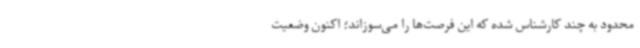
محدود به چند کارشناس شده که این فرصت‌ها را می‌سوزاند؛ اکنون وضعیت